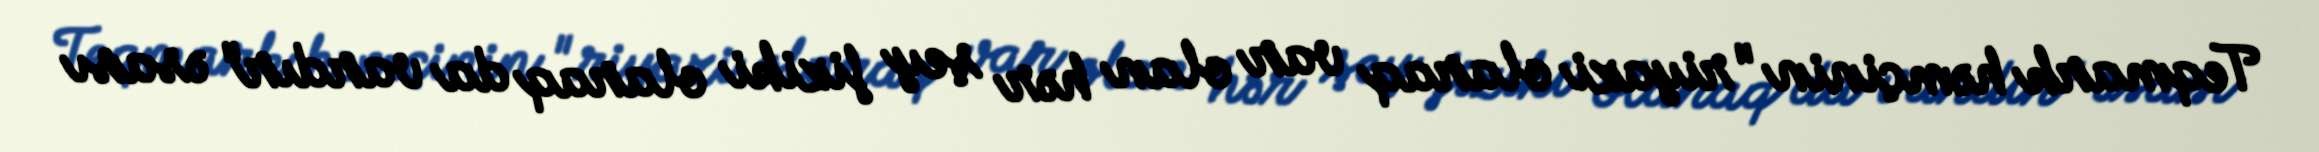
Teqmark həmçinin "riyazi olaraq var olan hər şey fiziki olaraq da vardır" əsası